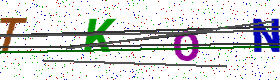
Text: TKON